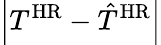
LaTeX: \left\lvert T^{\mathrm{HR}}-\hat{T}^{\mathrm{HR}}\right\rvert